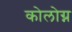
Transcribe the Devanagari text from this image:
कोलोग्न